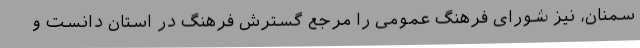
سمنان، نیز شورای فرهنگ عمومی را مرجع گسترش فرهنگ در استان دانست و